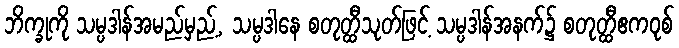
ဘိက္ခုကို သမ္ပဒါန်အမည်မှည့်, သမ္ပဒါနေ စတုတ္ထီသုတ်ဖြင့် သမ္ပဒါန်အနက်၌ စတုတ္ထီဧကဝုစ်